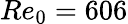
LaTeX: Re_{0}=606